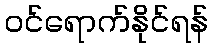
ဝင်ရောက်နိုင်ရန်